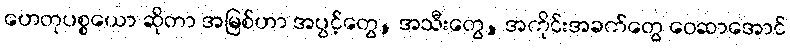
ဟေတုပစ္စယော ဆိုတာ အမြစ်ဟာ အပွင့်တွေ, အသီးတွေ, အကိုင်းအခက်တွေ ဝေဆာအောင်